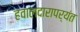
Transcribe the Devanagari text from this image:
हवालदारापर्यंत